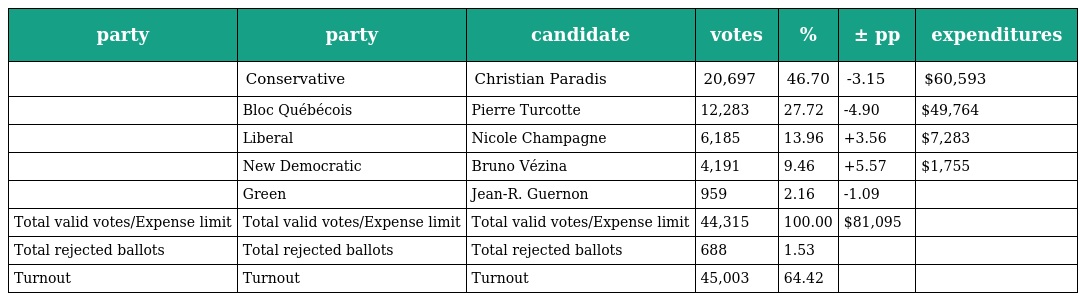
| party | party | candidate | votes | % | ± pp | expenditures |
 | --- | --- | --- | --- | --- | --- | --- |
 |  | Conservative | Christian Paradis | 20,697 | 46.70 | -3.15 | $60,593 |
 |  | Bloc Québécois | Pierre Turcotte | 12,283 | 27.72 | -4.90 | $49,764 |
 |  | Liberal | Nicole Champagne | 6,185 | 13.96 | +3.56 | $7,283 |
 |  | New Democratic | Bruno Vézina | 4,191 | 9.46 | +5.57 | $1,755 |
 |  | Green | Jean-R. Guernon | 959 | 2.16 | -1.09 |  |
 | Total valid votes/Expense limit | Total valid votes/Expense limit | Total valid votes/Expense limit | 44,315 | 100.00 | $81,095 |  |
 | Total rejected ballots | Total rejected ballots | Total rejected ballots | 688 | 1.53 |  |  |
 | Turnout | Turnout | Turnout | 45,003 | 64.42 |  |  |